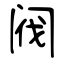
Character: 阀